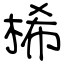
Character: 桸